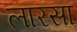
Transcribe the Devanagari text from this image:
लारसा